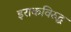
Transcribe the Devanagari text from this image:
इराकविरुद्ध